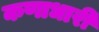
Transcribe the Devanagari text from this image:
कणाधारी